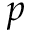
p